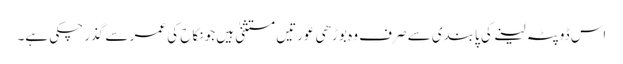
اس ڈوپٹہ لینے کی پابندی سے صرف وہ بوڑھی عورتیں مستثنیٰ ہیں جو نکاح کی عمر سے گذر چکی ہے۔